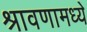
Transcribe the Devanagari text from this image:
श्रावणामध्ये